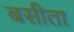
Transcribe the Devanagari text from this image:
बसीता